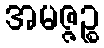
အမဇ္ဇဉ္စ